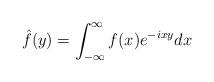
LaTeX: \begin{align*}\hat{f}(y)=\int_{-\infty }^{\infty }f(x)e^{-ixy}dx\end{align*}